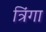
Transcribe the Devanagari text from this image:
त्रिंगा